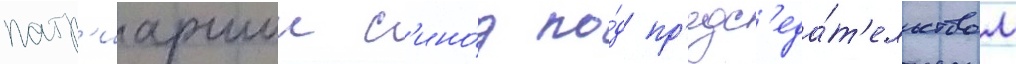
патр'иаршии с'ино́д по́д пр'едс'еда́т'ельством